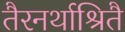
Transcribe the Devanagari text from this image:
तैरनर्थाश्रितै